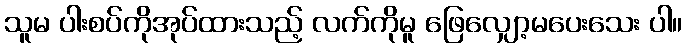
သူမ ပါးစပ်ကိုအုပ်ထားသည့် လက်ကိုမူ ဖြေလျှော့မပေးသေး ပါ။